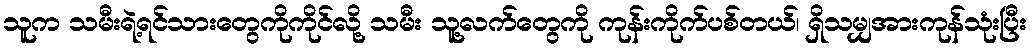
သူက သမီးရဲ့ရင်သားတွေကိုကိုင်လို့ သမီး သူ့လက်တွေကို ကုန်းကိုက်ပစ်တယ်၊ ရှိသမျှအားကုန်သုံးပြီး